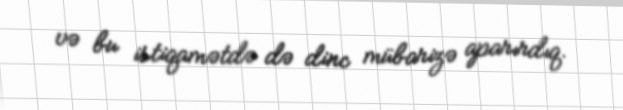
və bu istiqamətdə də dinc mübarizə aparırdıq.